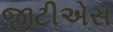
જીટીએસ